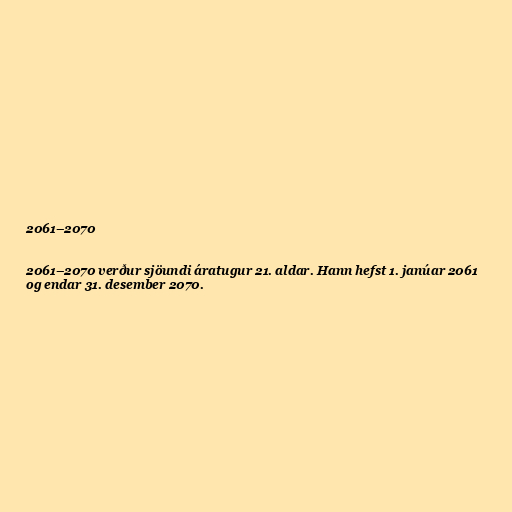
2061–2070

2061–2070 verður sjöundi áratugur 21. aldar. Hann hefst 1. janúar 2061
og endar 31. desember 2070.